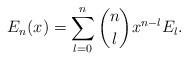
LaTeX: \begin{align*}E_n(x) = \sum_{l=0}^n {n \choose l} x^{n-l} E_l.\end{align*}